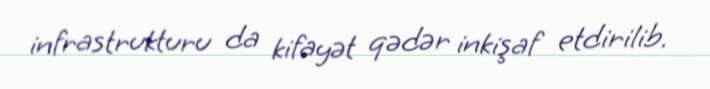
infrastrukturu da kifayət qədər inkişaf etdirilib.